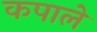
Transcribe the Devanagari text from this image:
कपाले